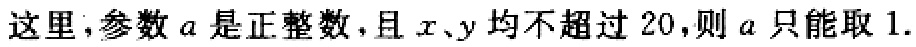
这里,参数\(a\)是正整数,且\(x、y\)均不超过 \(20\),则 \(a\) 只能取 \(1\).